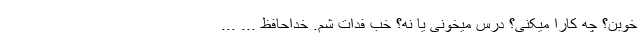
خوبن؟ چه کارا میکنی؟ درس میخونی یا نه؟ خب فدات شم. خداحافظ ... ...